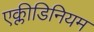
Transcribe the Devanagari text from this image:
एक्लीडिनियम